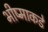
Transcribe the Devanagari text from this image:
भीष्माकडे